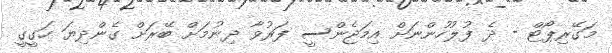
މަގޭރިޕޯޓް - ދެ ފުލުހުންނަށް އިމަޖެންސީ ފަރުވާ ދިނުމަށް ބޭރަށް ގެންދިޔަ ހަގީގީ